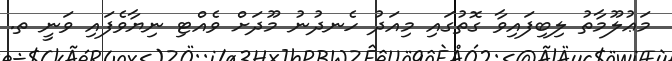
މަޢުލޫމާތު ލިބިފައިވާ ގޮތުގައި މިއަދު ހެނދުނު މޫދަށް ވެއްޓި ނިޔާވެފައި ވަނީ ތ.